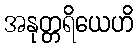
အနုတ္တရိယေဟိ